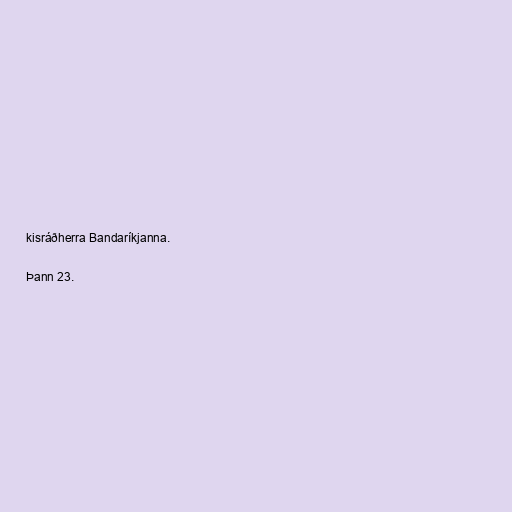
kisráðherra Bandaríkjanna.

Þann 23.